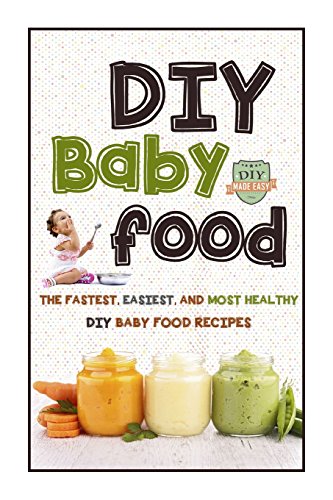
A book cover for DIY Baby Food: The Fastest, Easiest And Most Healthy DIY Baby Food Recipes (Homemade Baby Food - All Natural - Organic Recipes - Healthy Infants); The Healthy Reader; Cookbooks, Food & Wine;